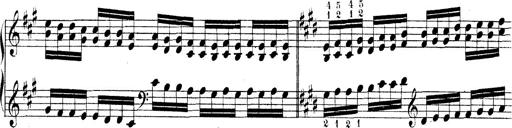
Title: Technische Studien
Composer: Franz Liszt